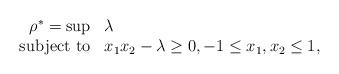
LaTeX: \begin{align*}\begin{array}{rll}\rho^* = \sup & \lambda \\\textnormal{subject to} & \displaystyle x_1x_2 - \lambda \geq 0, -1\leq x_1,x_2 \leq 1, \end{array}\end{align*}